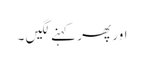
اور پھر کہنے لگیں ۔